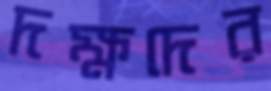
দক্ষদের